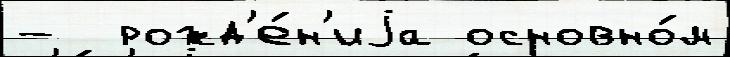
-  рожд'е́н'иjа основно́м